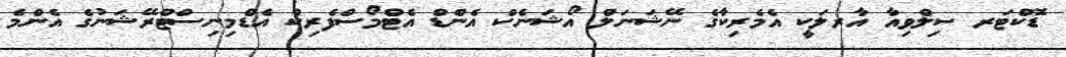
ޑޮކްޓަރ ސިލްވިއާ އާރލަކީ އެމެރިކާގެ ނޭޝަނަލް އޯޝަނެކް އެންޑް އެޓްމޯސްފެރިކް އެޑްމިނިސްޓްރޭޝަނުގެ އެންމެ